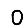
Digit: 0